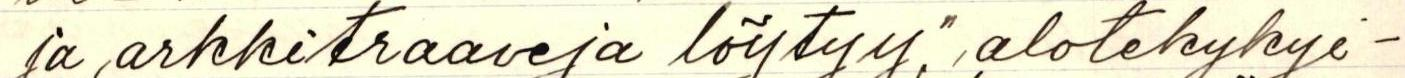
ja arkkitraaveja löytyy."aloitekykyi-